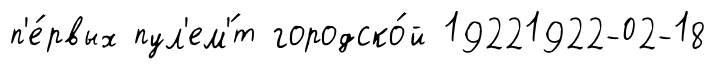
п'е́рвых пул'ем'́т городско́й 19221922-02-18